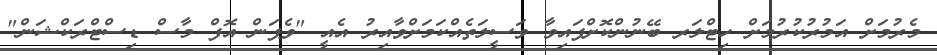
މެރުމަށް އަމުރުކުރުމަށް ހިޓްލަރ ބޭނުންކޮށްފައިވާ ވަސީލަތެއްކަމަށްވާއިރު އެއީ "ވެޕަން އޮފް މާސް ޑިސްޓްރަކްޝަން"